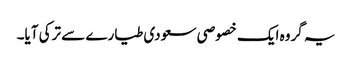
یہ گروہ ایک خصوصی سعودی طیارے سے ترکی آیا۔